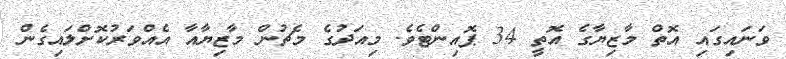
ވަނައިގައި އޮތް މާޒިޔާގެ އޮތީ 34 ޕޮއިންޓެވެ. މިއަދުގެ މެޗުން މާޒިޔާއާ އެއްވަރުކޮށްލައިގެން